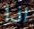
اذا